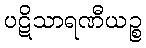
ပဋိသာရဏီယဉ္စ